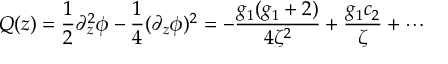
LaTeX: Q ( z ) = \frac { 1 } { 2 } \partial _ { z } ^ { 2 } \phi - \frac { 1 } { 4 } ( \partial _ { z } \phi ) ^ { 2 } = - \frac { g _ { 1 } ( g _ { 1 } + 2 ) } { 4 \zeta ^ { 2 } } + \frac { g _ { 1 } c _ { 2 } } { \zeta } + \cdots